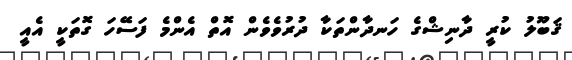
ޤަބޫލު ކުރީ ދާނިޝްގެ ހަނދާންތަކާ ދުރުވެވެން އޮތް އެންމެ ފަސޭހަ ގޮތަކީ އެއީ